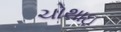
ચોથાઇ